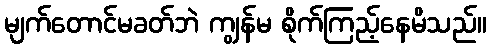
မျက်တောင်မခတ်ဘဲ ကျွန်မ စိုက်ကြည့်နေမိသည်။